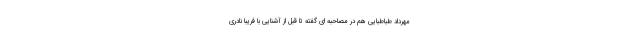
مهرداد طباطبایی هم در مصاحبه ای گفته تا قبل از آشنایی با فریبا نادری